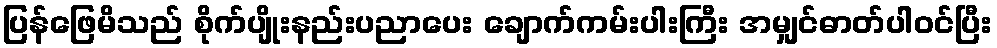
ပြန်ဖြေမိသည် စိုက်ပျိုးနည်းပညာပေး ချောက်ကမ်းပါးကြီး အမျှင်ဓာတ်ပါဝင်ပြီး